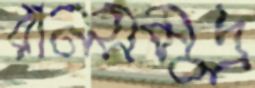
রানসমুদ্র